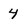
Character: 4